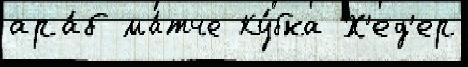
ара́б ма́тче Ку́бка Х'ед'ер